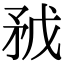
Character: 𥍥